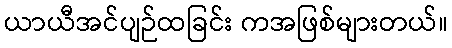
ယာယီအင်ပျဉ်ထခြင်း ကအဖြစ်များတယ်။